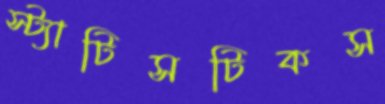
স্ট্যাটিসটিকস